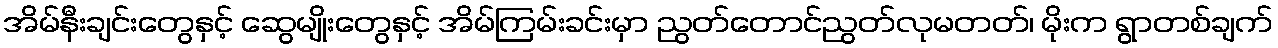
အိမ်နီးချင်းတွေနှင့် ဆွေမျိုးတွေနှင့် အိမ်ကြမ်းခင်းမှာ ညွတ်တောင်ညွတ်လုမတတ်၊ မိုးက ရွာတစ်ချက်